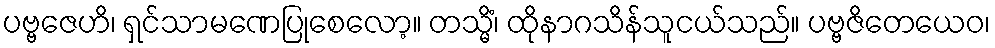
ပဗ္ဗဇေဟိ၊ ရှင်သာမဏေပြုစေလော့။ တသ္မိံ၊ ထိုနာဂသိန်သူငယ်သည်။ ပဗ္ဗဇိတေယေဝ၊